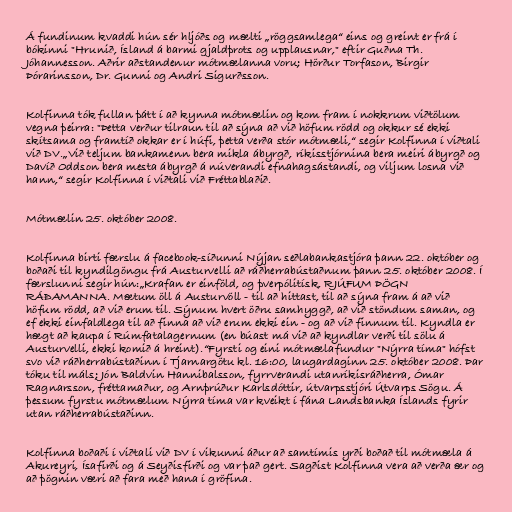
Á fundinum kvaddi hún sér hljóðs og mælti „röggsamlega“ eins og greint er frá í
bókinni "Hrunið, Ísland á barmi gjaldþrots og upplausnar," eftir Guðna Th.
Jóhannesson. Aðrir aðstandenur mótmælanna voru; Hörður Torfason, Birgir
Þórarinsson, Dr. Gunni og Andri Sigurðsson.

Kolfinna tók fullan þátt í að kynna mótmælin og kom fram í nokkrum viðtölum
vegna þeirra: "Þetta verður tilraun til að sýna að við höfum rödd og okkur sé ekki
skítsama og framtíð okkar er í húfi, þetta verða stór mótmæli,“ segir Kolfinna í viðtali
við DV.„Við teljum bankamenn bera mikla ábyrgð, ríkisstjórnina bera meiri ábyrgð og
Davíð Oddson bera mesta ábyrgð á núverandi efnahagsástandi, og viljum losna við
hann,“ segir Kolfinna í viðtali við Fréttablaðið.

Mótmælin 25. október 2008.

Kolfinna birti færslu á facebook-síðunni Nýjan seðlabankastjóra þann 22. október og
boðaði til kyndilgöngu frá Austurvelli að ráðherrabústaðnum þann 25. október 2008. Í
færslunni segir hún:„Krafan er einföld, og þverpólitísk, RJÚFUM ÞÖGN
RÁÐAMANNA. Mætum öll á Austurvöll - til að hittast, til að sýna fram á að við
höfum rödd, að við erum til. Sýnum hvert öðru samhyggð, að við stöndum saman, og
ef ekki einfaldlega til að finna að við erum ekki ein - og að við finnum til. Kyndla er
hægt að kaupa í Rúmfatalagernum (en búast má við að kyndlar verði til sölu á
Austurvelli, ekki komið á hreint).“Fyrsti og eini mótmælafundur "Nýrra tíma" hófst
svo við ráðherrabústaðinn í Tjarnargötu kl. 16:00, laugardaginn 25. október 2008. Þar
tóku til máls; Jón Baldvin Hannibalsson, fyrrverandi utanríkisráðherra, Ómar
Ragnarsson, fréttamaður, og Arnþrúður Karlsdóttir, útvarpsstjóri Útvarps Sögu. Á
þessum fyrstu mótmælum Nýrra tíma var kveikt í fána Landsbanka Íslands fyrir
utan ráðherrabústaðinn.

Kolfinna boðaði í viðtali við DV í vikunni áður að samtímis yrði boðað til mótmæla á
Akureyri, Ísafirði og á Seyðisfirði og var það gert. Sagðist Kolfinna vera að verða ær og
að þögnin væri að fara með hana í gröfina.